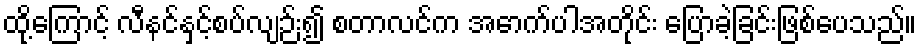
ထို့ကြောင့် လီနင်နှင့်စပ်လျဉ်း၍ စတာလင်က အောက်ပါအတိုင်း ပြောခဲ့ခြင်းဖြစ်ပေသည်။